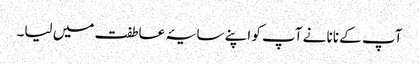
آپ کے نانا نے آپ کو اپنے سایۂ عاطفت میں لیا۔